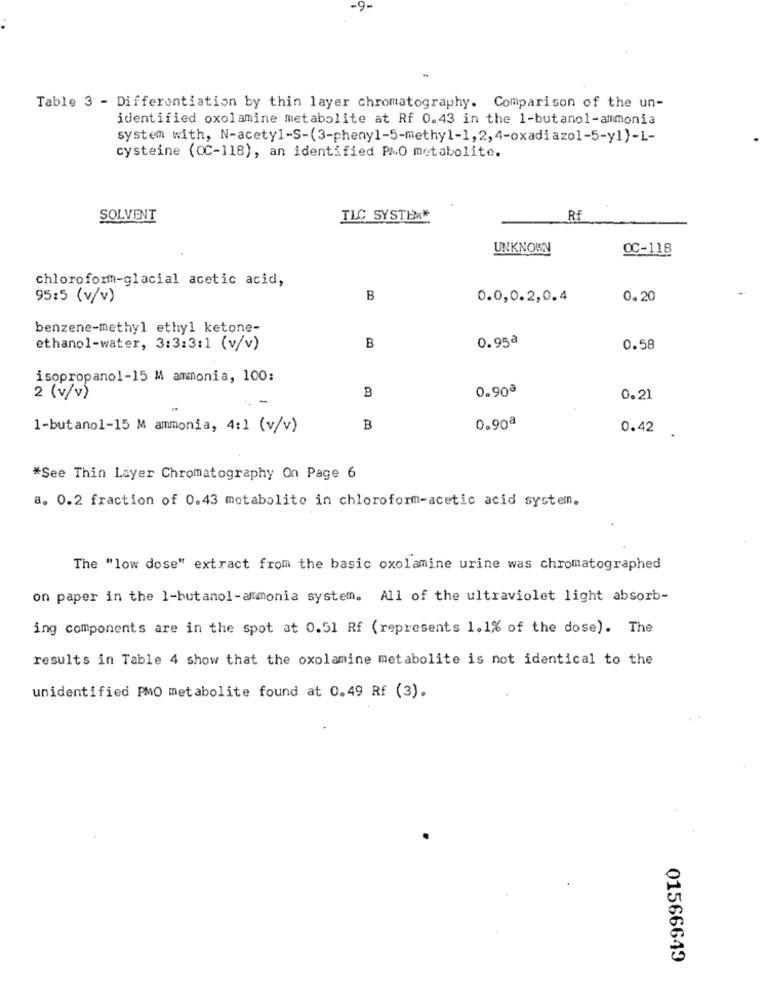
-9
Table 3 - Differentiation by thin layer chromatography. Comparison of the un-
identified oxolamine metabolite at Rf 0.43 in the 1-butanol-ammonia
system with, N-acetyl-S-(3-phenyl-5-methyl-1,2, 4-oxadi azol-5-y1)-L-
cysteine (OC-118), an identified PMO metabolite.
SOLVENT
TLC SYSTER*
Rf
UNKNOWN
OC-118
chloroform-glacial acetic acid,
95:5 (v/v)
B
0.0,0.2,0.4
0.20
benzene-methyl ethyl ketone-
0.95ª
ethanol-water, 3:3:3:1 (v/v)
B
0.58
isopropanol-15 M ammonia, 100:
B
0.90ª
2 (v/v)
0.21
1-butanol-15 M ammonia, 4:1 (v/v)
B
0.90ª
0.42
*See Thin Layer Chromatography On Page 6
a. 0.2 fraction of 0.43 metabolite in chloroform-acetic acid system.
The "low dose" extract from the basic oxolamine urine was chromatographed
on paper in the 1-butanol-ammonia system. All of the ultraviolet light absorb-
ing components are in the spot at 0.51 Rf (represents 1.1% of the dose). The
results in Table 4 show that the oxolamine metabolite is not identical to the
unidentified PMO metabolite found at 0.49 Rf (3).
01566649